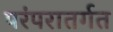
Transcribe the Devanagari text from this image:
परंपरातर्गत